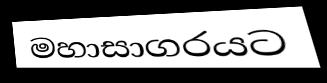
මහාසාගරයට